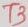
Text: T3